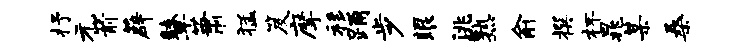
抒元箭薜鼙萧猛笈摩移踊步眼洮熟俞撰杯晁某桑